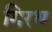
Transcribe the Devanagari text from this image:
गिरध